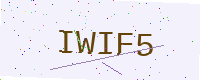
Text: IWIF5